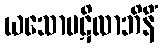
ယသောပဋိလာဘိနိံ